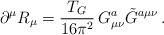
LaTeX: \begin{align*}\partial^\mu R_\mu = \frac{T_G }{16\pi^2}\, G_{\mu\nu}^a\tilde{G}^{a \mu\nu}\, .\end{align*}